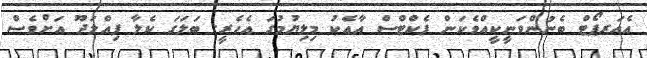
އެއަރޕޯޓް ބެނުންވަނީކީއްވެކަން ފެކްޓްސް އާއެކު މިލިޔުމުގަ އެހެރީ. ބަލަގަ ކެލާ ފިއްލަދޫ އަށްވެސް